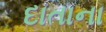
દાતાના